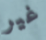
غير